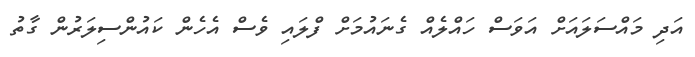
އަދި މައްސަލައަށް އަވަސް ހައްލެއް ގެނައުމަށް ފްލައި ވެސް އެހެން ކައުންސިލަރުން ގާތު